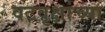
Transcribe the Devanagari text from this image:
वटवृक्षांच्या